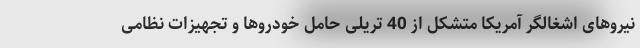
نیروهای اشغالگر آمریکا متشکل از 40 تریلی حامل خودروها و تجهیزات نظامی